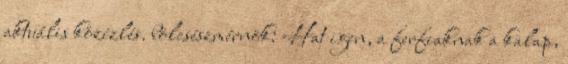
aktuális közízlés. bölcsészmérnök: Hat igen, a ferfiaknak a kalap,